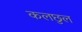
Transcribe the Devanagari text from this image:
कलछुल